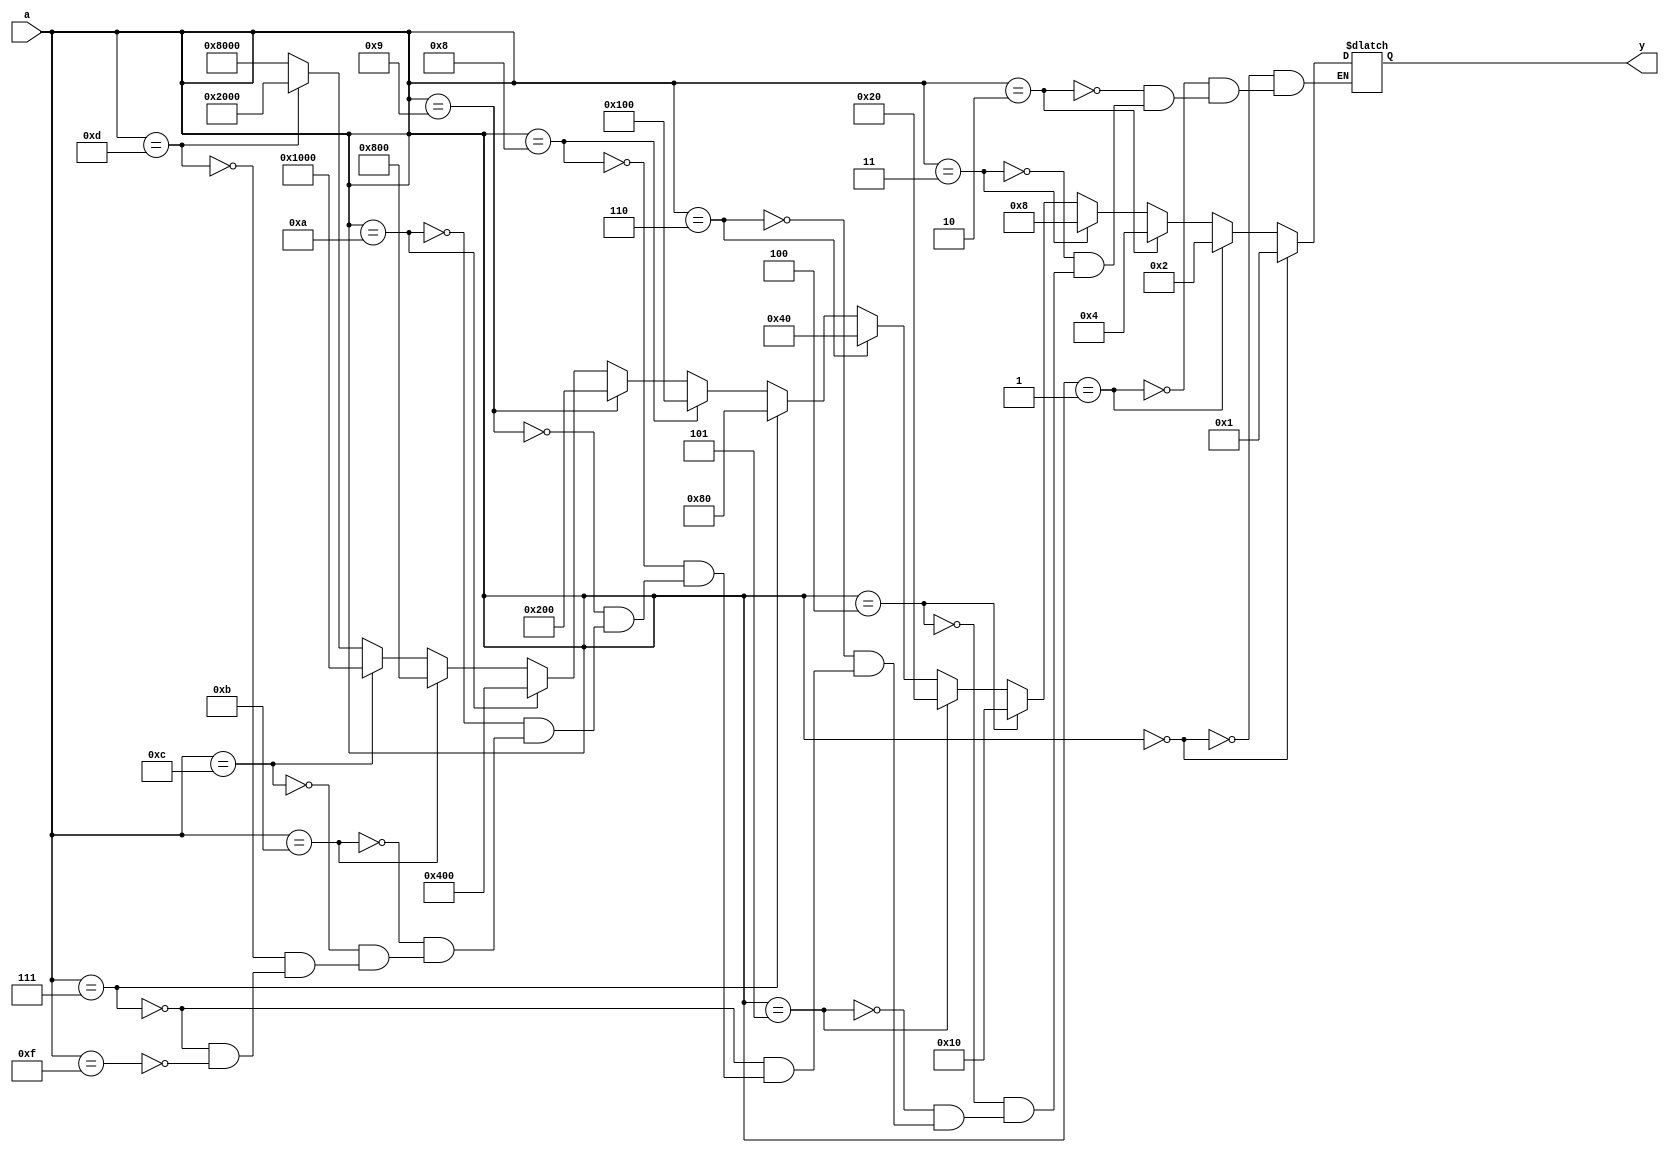
`timescale 1ns/1ns

module decoder4( input [3:0]   a,
                 output reg [15:0] y
                );
                
always @(*) begin

        if(a == 4'b0000)
            y <= 16'b0000000000000001;
        else if(a == 4'b0001)
            y <= 16'b0000000000000010;
        else if(a == 4'b0010)
            y <= 16'b0000000000000100;
        else if(a == 4'b0011)
            y <= 16'b0000000000001000;
        else if(a == 4'b0100)
            y <= 16'b0000000000010000;
        else if(a == 4'b0101)
            y <= 16'b0000000000100000;
        else if(a == 4'b0110)
            y <= 16'b0000000001000000;
        else if(a == 4'b0111)
            y <= 16'b0000000010000000;
        else if(a == 4'b1000)
            y <= 16'b0000000100000000;
        else if(a == 4'b1001)
            y <= 16'b0000001000000000;
        else if(a == 4'b1010)
            y <= 16'b0000010000000000;
        else if(a == 4'b1011)
            y <= 16'b0000100000000000;
        else if(a == 4'b1100)
            y <= 16'b0001000000000000;
        else if(a == 4'b1101)
            y <= 16'b0010000000000000;
        else if(a == 4'b111)
            y <= 16'b0100000000000000;
        else if(a == 4'b1111)
            y <= 16'b1000000000000000;
    end

endmodule